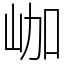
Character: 𡶐